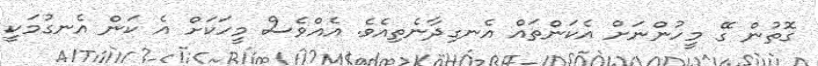
ގޮތުން ގޭ މީހުންނަށް އެކަންތައް އެނގިދާނެތިއެވެ. އެއްވެސް މީހަކަށް އެ ކަން އެނގުމަކީ